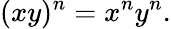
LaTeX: (xy)^{n}=x^{n}y^{n}.